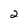
Character: 2